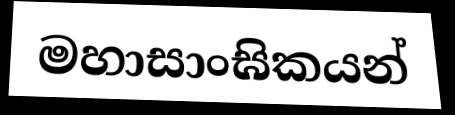
මහාසාංඝිකයන්